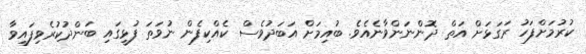
ކުރުމަށްފަހު ރަގަޅަށް އަތް ދޮންނަންވާނެއެވެ. ބުއިމަށް އަބަދުވެސް ކެއްކިފެން ނުވަތަ ފުޅީގައި ބަންދުކުރެވިފައިވާ